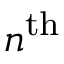
n ^ { \mathrm { t h } }